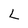
Character: L